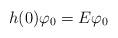
LaTeX: \begin{align*} h(0)\varphi_0=E\varphi_0\end{align*}